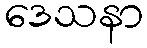
ဒေသနာ